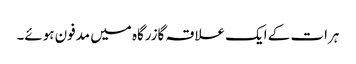
ہرات کے ایک علاقہ گازرگاہ میں مدفون ہوئے۔